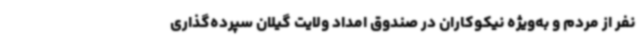
نفر از مردم و به‌ویژه نیکوکاران در صندوق امداد ولایت گیلان سپرده‌گذاری